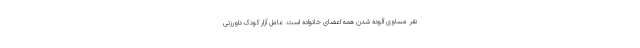
نفر مساوی آلوده شدن همه اعضای خانواده است. عامل آزار کودک داورزنی